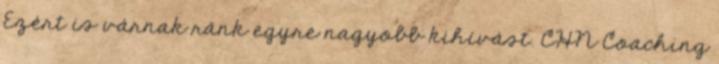
Ezért is várnak ránk egyre nagyobb kihívást. CHN Coaching